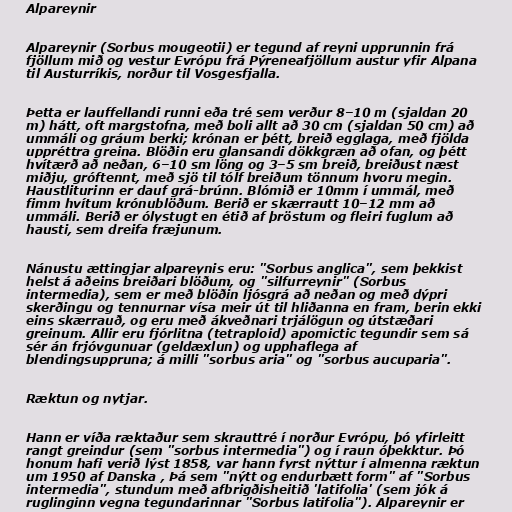
Alpareynir

Alpareynir (Sorbus mougeotii) er tegund af reyni upprunnin frá
fjöllum mið og vestur Evrópu frá Pýreneafjöllum austur yfir Alpana
til Austurríkis, norður til Vosgesfjalla.

Þetta er lauffellandi runni eða tré sem verður 8–10 m (sjaldan 20
m) hátt, oft margstofna, með boli allt að 30 cm (sjaldan 50 cm) að
ummáli og gráum berki; krónan er þétt, breið egglaga, með fjölda
uppréttra greina. Blöðin eru glansandi dökkgræn að ofan, og þétt
hvítærð að neðan, 6–10 sm löng og 3–5 sm breið, breiðust næst
miðju, gróftennt, með sjö til tólf breiðum tönnum hvoru megin.
Haustliturinn er dauf grá-brúnn. Blómið er 10mm í ummál, með
fimm hvítum krónublöðum. Berið er skærrautt 10–12 mm að
ummáli. Berið er ólystugt en étið af þröstum og fleiri fuglum að
hausti, sem dreifa fræjunum.

Nánustu ættingjar alpareynis eru: "Sorbus anglica", sem þekkist
helst á aðeins breiðari blöðum, og "silfurreynir" (Sorbus
intermedia), sem er með blöðin ljósgrá að neðan og með dýpri
skerðingu og tennurnar vísa meir út til hliðanna en fram, berin ekki
eins skærrauð, og eru með ákveðnari trjálögun og útstæðari
greinum. Allir eru fjórlitna (tetraploid) apomictic tegundir sem sá
sér án frjóvgunuar (geldæxlun) og upphaflega af
blendingsuppruna; á milli "sorbus aria" og "sorbus aucuparia".

Ræktun og nytjar.

Hann er víða ræktaður sem skrauttré í norður Evrópu, þó yfirleitt
rangt greindur (sem "sorbus intermedia") og í raun óþekktur. Þó
honum hafi verið lýst 1858, var hann fyrst nýttur í almenna ræktun
um 1950 af Danska , Þá sem "nýtt og endurbætt form" af "Sorbus
intermedia", stundum með afbrigðisheitið 'latifolia' (sem jók á
ruglinginn vegna tegundarinnar "Sorbus latifolia"). Alpareynir er